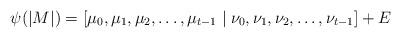
LaTeX: \begin{align*} \psi(|M|) = [\mu_0,\mu_1,\mu_2,\dots,\mu_{t-1} \mid \nu_0,\nu_1,\nu_2,\dots,\nu_{t-1}]+E \end{align*}